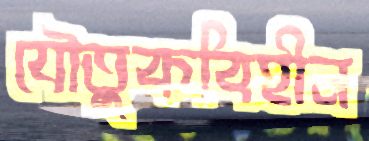
যৌতুকবিহীন